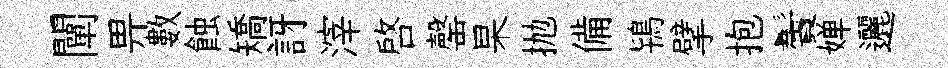
闡畀數蝕矯訝滓啓罄杲抛備鴇擘抱鬢婵邐